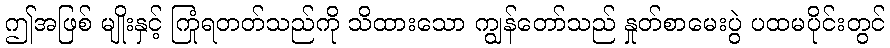
ဤအဖြစ် မျိုးနှင့် ကြုံရတတ်သည်ကို သိထားသော ကျွန်တော်သည် နှုတ်စာမေးပွဲ ပထမပိုင်းတွင်